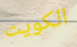
الكويت